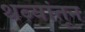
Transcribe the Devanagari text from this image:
थव्यांतून